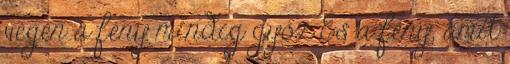
végén a fény mindig győz És a fény, amit